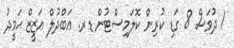
1 ދުވަސް 8 ގަޑި ކުރިން ކޮލަމިސްޓުން ޑރ. ޢަބްދުލް ޢަޒީޒް ޙަމީދު